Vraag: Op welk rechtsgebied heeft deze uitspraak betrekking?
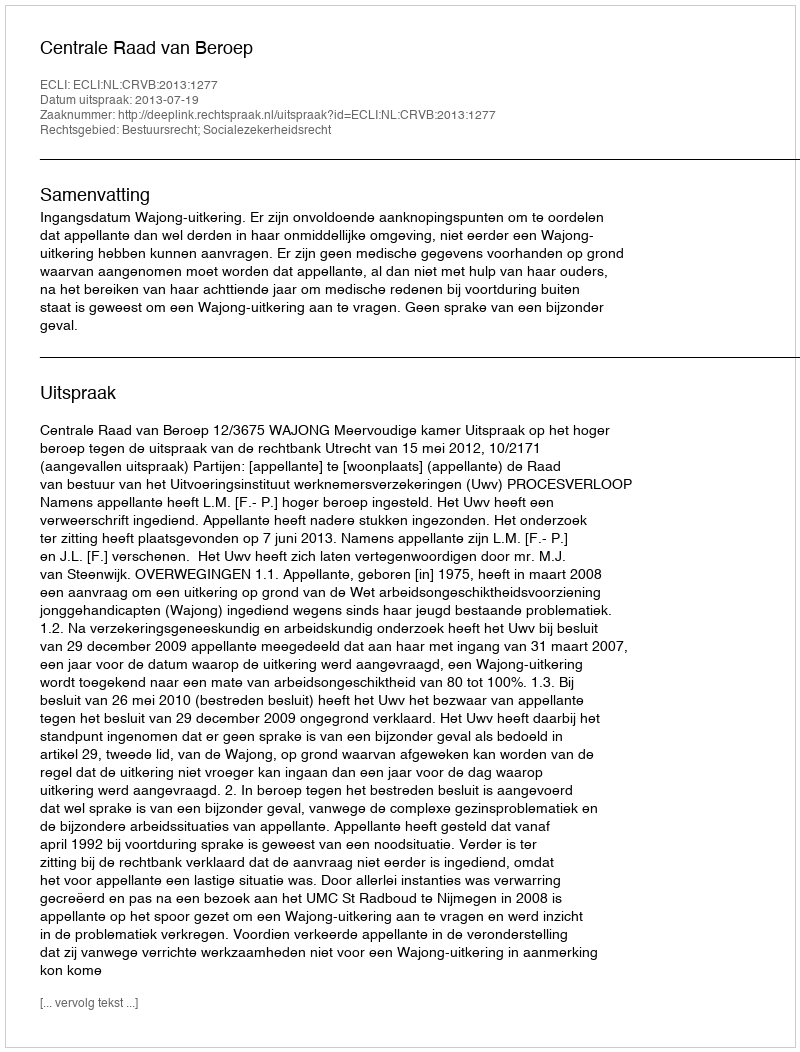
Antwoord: Bestuursrecht; Socialezekerheidsrecht